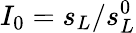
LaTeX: I_{0}=s_{L}/s_{L}^{0}